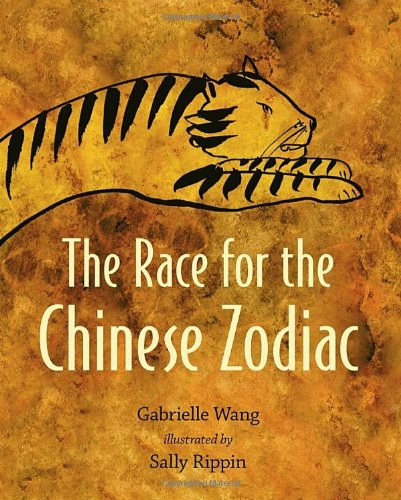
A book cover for The Race for the Chinese Zodiac; Gabrielle Wang; Children's Books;